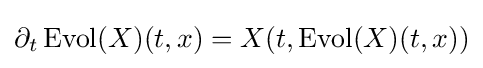
\partial _{t}\operatorname {Evol} (X)(t,x)=X(t,\operatorname {Evol} (X)(t,x))